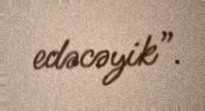
edəcəyik”.